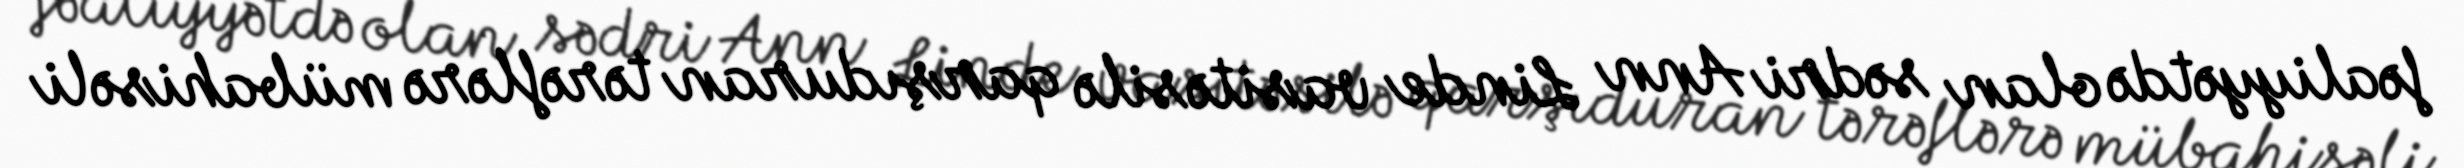
fəaliyyətdə olan sədri Ann Linde vasitəsilə qarşıduran tərəflərə mübahisəli